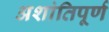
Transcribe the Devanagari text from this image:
अशांतिपूर्ण